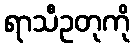
ရာသီဥတုကို